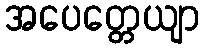
အပေတ္တေယျာ